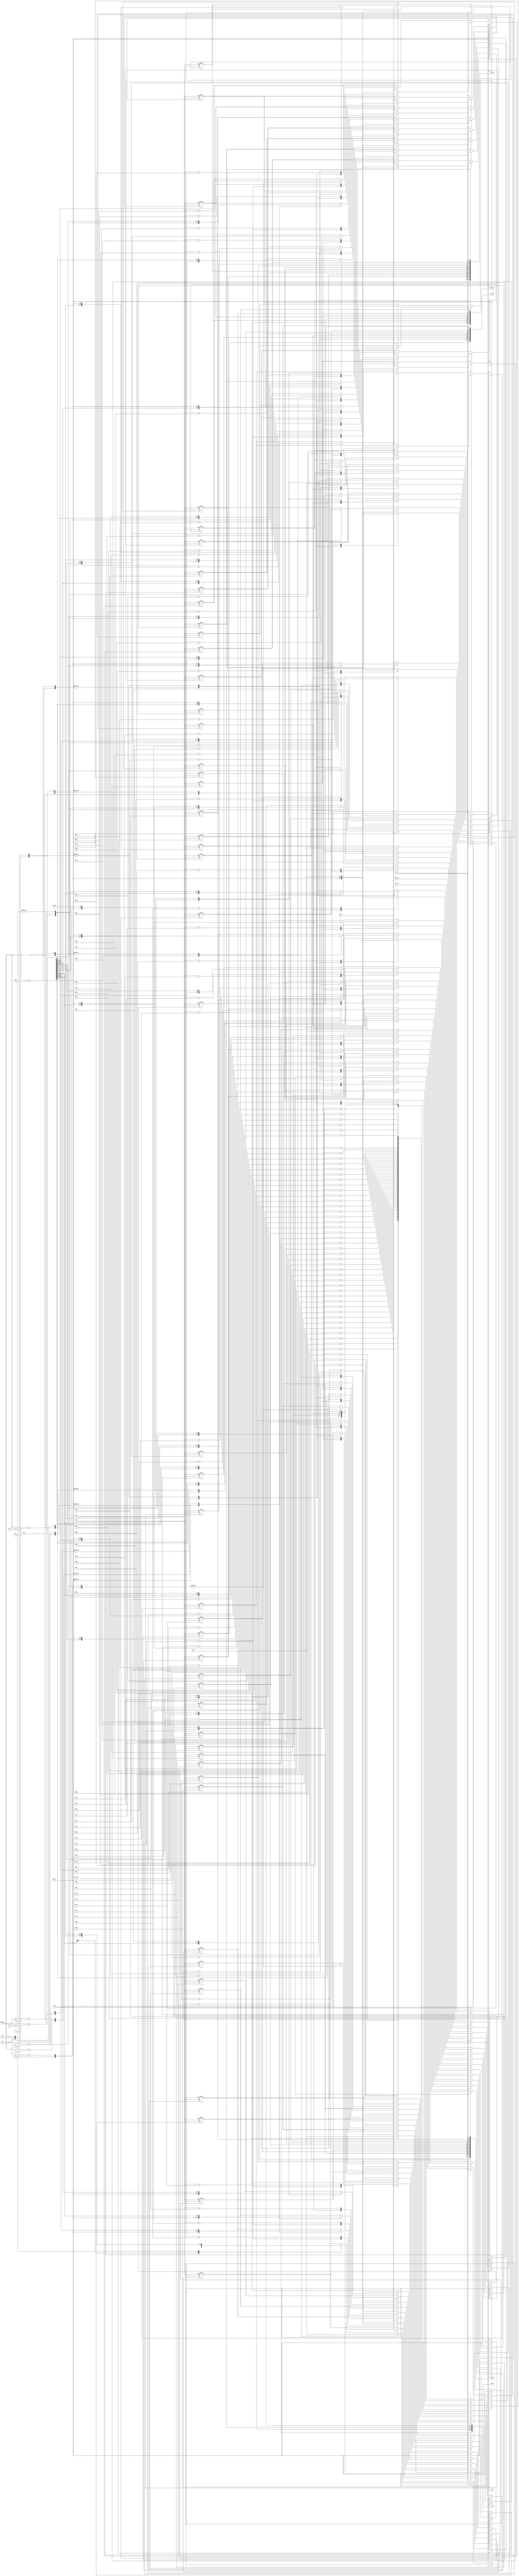
module ssk_mem (/*AUTOARG*/
   // Outputs
   rd_d, cw_mac_k, sw_mac_k, cw_blk_k, sw_blk_k, cw_iv, sw_iv,
   // Inputs
   clk, rst_n, clr_ssk, ss_expire, wr_en, wr_d, cmd_op, wr_addr, rd_addr,
   ssk_wr, ssk_addr, mac
   ) ;
   // System Input
   input           clk, rst_n;
   input           clr_ssk;
   input           ss_expire;

   input           wr_en;
   input [31:0]    wr_d;

   input [2:0]     cmd_op;
   input [3:0]     wr_addr;
   input [3:0]     rd_addr;

   output [31:0]   rd_d;

   input           ssk_wr;
   input [3:0]     ssk_addr;
   input [383:0]   mac;

   output [383:0]  cw_mac_k;
   output [383:0]  sw_mac_k;
   output [255:0]  cw_blk_k;
   output [255:0]  sw_blk_k;
   output [127:0]  cw_iv;
   output [127:0]  sw_iv;

   reg [31:0]      rd_d;

   wire   [383:0]  cw_mac_k;
   wire   [383:0]  sw_mac_k;
   wire   [255:0]  cw_blk_k;
   wire   [255:0]  sw_blk_k;
   wire   [127:0]  cw_iv;
   wire   [127:0]  sw_iv;

   wire [7:0]      waddr, raddr;

   assign waddr = {1'b0, cmd_op, wr_addr};
   assign raddr = {1'b0, cmd_op, rd_addr};

   reg [31:0]      cwmb, cwma, cwm9, cwm8;
   reg [31:0]      cwm7, cwm6, cwm5, cwm4;
   reg [31:0]      cwm3, cwm2, cwm1, cwm0;
   reg [31:0]      swmb, swma, swm9, swm8;
   reg [31:0]      swm7, swm6, swm5, swm4;
   reg [31:0]      swm3, swm2, swm1, swm0;
   reg [31:0]      cwk7, cwk6, cwk5, cwk4;
   reg [31:0]      cwk3, cwk2, cwk1, cwk0;
   reg [31:0]      swk7, swk6, swk5, swk4;
   reg [31:0]      swk3, swk2, swk1, swk0;
   reg [31:0]      cwi3, cwi2, cwi1, cwi0;
   reg [31:0]      swi3, swi2, swi1, swi0;

   wire [127:0]    cm2, cm1, cm0;
   wire [127:0]    sm2, sm1, sm0;
   wire [127:0]    ck1, ck0;
   wire [127:0]    sk1, sk0;
   wire [127:0]    ci0, si0;

   assign cw_mac_k = {cm2, cm1, cm0};
   assign sw_mac_k = {sm2, sm1, sm0};
   assign cw_blk_k = {ck1, ck0};
   assign sw_blk_k = {sk1, sk0};
   assign cw_iv    = ci0;
   assign sw_iv    = si0;

   assign cm2 = {cwmb, cwma, cwm9, cwm8};
   assign cm1 = {cwm7, cwm6, cwm5, cwm4};
   assign cm0 = {cwm3, cwm2, cwm1, cwm0};
   assign sm2 = {swmb, swma, swm9, swm8};
   assign sm1 = {swm7, swm6, swm5, swm4};
   assign sm0 = {swm3, swm2, swm1, swm0};
   assign ck1 = {cwk7, cwk6, cwk5, cwk4};
   assign ck0 = {cwk3, cwk2, cwk1, cwk0};
   assign sk1 = {swk7, swk6, swk5, swk4};
   assign sk0 = {swk3, swk2, swk1, swk0};
   assign ci0 = {cwi3, cwi2, cwi1, cwi0};
   assign si0 = {swi3, swi2, swi1, swi0};

   always @ (*) begin
      case (raddr)
        8'h60 : rd_d = cwmb;
        8'h61 : rd_d = cwma;
        8'h62 : rd_d = cwm9;
        8'h63 : rd_d = cwm8;
        8'h64 : rd_d = cwm7;
        8'h65 : rd_d = cwm6;
        8'h66 : rd_d = cwm5;
        8'h67 : rd_d = cwm4;
        8'h68 : rd_d = cwm3;
        8'h69 : rd_d = cwm2;
        8'h6A : rd_d = cwm1;
        8'h6B : rd_d = cwm0;
        8'h70 : rd_d = swmb;
        8'h71 : rd_d = swma;
        8'h72 : rd_d = swm9;
        8'h73 : rd_d = swm8;
        8'h74 : rd_d = swm7;
        8'h75 : rd_d = swm6;
        8'h76 : rd_d = swm5;
        8'h77 : rd_d = swm4;
        8'h78 : rd_d = swm3;
        8'h79 : rd_d = swm2;
        8'h7A : rd_d = swm1;
        8'h7B : rd_d = swm0;
        8'h40 : rd_d = cwk7;
        8'h41 : rd_d = cwk6;
        8'h42 : rd_d = cwk5;
        8'h43 : rd_d = cwk4;
        8'h44 : rd_d = cwk3;
        8'h45 : rd_d = cwk2;
        8'h46 : rd_d = cwk1;
        8'h47 : rd_d = cwk0;
        8'h50 : rd_d = swk7;
        8'h51 : rd_d = swk6;
        8'h52 : rd_d = swk5;
        8'h53 : rd_d = swk4;
        8'h54 : rd_d = swk3;
        8'h55 : rd_d = swk2;
        8'h56 : rd_d = swk1;
        8'h57 : rd_d = swk0;
        8'h20 : rd_d = cwi3;
        8'h21 : rd_d = cwi2;
        8'h22 : rd_d = cwi1;
        8'h23 : rd_d = cwi0;
        8'h30 : rd_d = swi3;
        8'h31 : rd_d = swi2;
        8'h32 : rd_d = swi1;
        8'h33 : rd_d = swi0;
        default : rd_d = 32'd0;
      endcase // case (rd_addr)
   end


   always @ (posedge clk or negedge rst_n) begin
      if(!rst_n) begin
         {cwmb, cwma, cwm9, cwm8} <= 128'd0;
         {cwm7, cwm6, cwm5, cwm4} <= 128'd0;
         {cwm3, cwm2, cwm1, cwm0} <= 128'd0;
         {swmb, swma, swm9, swm8} <= 128'd0;
         {swm7, swm6, swm5, swm4} <= 128'd0;
         {swm3, swm2, swm1, swm0} <= 128'd0;
         {cwk7, cwk6, cwk5, cwk4} <= 128'd0;
         {cwk3, cwk2, cwk1, cwk0} <= 128'd0;
         {swk7, swk6, swk5, swk4} <= 128'd0;
         {swk3, swk2, swk1, swk0} <= 128'd0;
         {cwi3, cwi2, cwi1, cwi0} <= 128'd0;
         {swi3, swi2, swi1, swi0} <= 128'd0;
      end else begin
         if(ss_expire | clr_ssk) begin
            {cwmb, cwma, cwm9, cwm8} <= 128'd0;
            {cwm7, cwm6, cwm5, cwm4} <= 128'd0;
            {cwm3, cwm2, cwm1, cwm0} <= 128'd0;
            {swmb, swma, swm9, swm8} <= 128'd0;
            {swm7, swm6, swm5, swm4} <= 128'd0;
            {swm3, swm2, swm1, swm0} <= 128'd0;
            {cwk7, cwk6, cwk5, cwk4} <= 128'd0;
            {cwk3, cwk2, cwk1, cwk0} <= 128'd0;
            {swk7, swk6, swk5, swk4} <= 128'd0;
            {swk3, swk2, swk1, swk0} <= 128'd0;
            {cwi3, cwi2, cwi1, cwi0} <= 128'd0;
            {swi3, swi2, swi1, swi0} <= 128'd0;
         end else if(wr_en) begin
            case (waddr)
              8'h60 : begin
                 cwmb <= wr_d;
                 cwma <= 32'd0;
                 cwm9 <= 32'd0;
                 cwm8 <= 32'd0;
                 cwm7 <= 32'd0;
                 cwm6 <= 32'd0;
                 cwm5 <= 32'd0;
                 cwm4 <= 32'd0;
                 cwm3 <= 32'd0;
                 cwm2 <= 32'd0;
                 cwm1 <= 32'd0;
                 cwm0 <= 32'd0;
              end
              8'h61 : cwma <= wr_d;
              8'h62 : cwm9 <= wr_d;
              8'h63 : cwm8 <= wr_d;
              8'h64 : cwm7 <= wr_d;
              8'h65 : cwm6 <= wr_d;
              8'h66 : cwm5 <= wr_d;
              8'h67 : cwm4 <= wr_d;
              8'h68 : cwm3 <= wr_d;
              8'h69 : cwm2 <= wr_d;
              8'h6A : cwm1 <= wr_d;
              8'h6B : cwm0 <= wr_d;
              8'h70 : begin
                 swmb <= wr_d;
                 swma <= 32'd0;
                 swm9 <= 32'd0;
                 swm8 <= 32'd0;
                 swm7 <= 32'd0;
                 swm6 <= 32'd0;
                 swm5 <= 32'd0;
                 swm4 <= 32'd0;
                 swm3 <= 32'd0;
                 swm2 <= 32'd0;
                 swm1 <= 32'd0;
                 swm0 <= 32'd0;
              end
              8'h71 : swma <= wr_d;
              8'h72 : swm9 <= wr_d;
              8'h73 : swm8 <= wr_d;
              8'h74 : swm7 <= wr_d;
              8'h75 : swm6 <= wr_d;
              8'h76 : swm5 <= wr_d;
              8'h77 : swm4 <= wr_d;
              8'h78 : swm3 <= wr_d;
              8'h79 : swm2 <= wr_d;
              8'h7A : swm1 <= wr_d;
              8'h7B : swm0 <= wr_d;

              8'h40 : begin
                 cwk7 <= wr_d;
                 cwk6 <= 32'd0;
                 cwk5 <= 32'd0;
                 cwk4 <= 32'd0;
                 cwk3 <= 32'd0;
                 cwk2 <= 32'd0;
                 cwk1 <= 32'd0;
                 cwk0 <= 32'd0;
              end
              8'h41 : cwk6 <= wr_d;
              8'h42 : cwk5 <= wr_d;
              8'h43 : cwk4 <= wr_d;
              8'h44 : cwk3 <= wr_d;
              8'h45 : cwk2 <= wr_d;
              8'h46 : cwk1 <= wr_d;
              8'h47 : cwk0 <= wr_d;

              8'h50 : begin
                 swk7 <= wr_d;
                 swk6 <= 32'd0;
                 swk5 <= 32'd0;
                 swk4 <= 32'd0;
                 swk3 <= 32'd0;
                 swk2 <= 32'd0;
                 swk1 <= 32'd0;
                 swk0 <= 32'd0;
              end
              8'h51 : swk6 <= wr_d;
              8'h52 : swk5 <= wr_d;
              8'h53 : swk4 <= wr_d;
              8'h54 : swk3 <= wr_d;
              8'h55 : swk2 <= wr_d;
              8'h56 : swk1 <= wr_d;
              8'h57 : swk0 <= wr_d;

              8'h20 : begin
                 cwi3 <= wr_d;
                 cwi2 <= 32'd0;
                 cwi1 <= 32'd0;
                 cwi0 <= 32'd0;
              end
              8'h21 : cwi2 <= wr_d;
              8'h22 : cwi1 <= wr_d;
              8'h23 : cwi0 <= wr_d;

              8'h30 : begin
                 swi3 <= wr_d;
                 swi2 <= 32'd0;
                 swi1 <= 32'd0;
                 swi0 <= 32'd0;
              end
              8'h31 : swi2 <= wr_d;
              8'h32 : swi1 <= wr_d;
              8'h33 : swi0 <= wr_d;
              default : begin
              end
            endcase // case (waddr)
         end else if (ssk_wr) begin
            case (ssk_addr)
              4'b0000 : begin
                 {cwmb, cwma, cwm9, cwm8} <= mac[383:256];
                 {cwm7, cwm6, cwm5, cwm4} <= mac[255:128];
                 {cwm3, cwm2, cwm1, cwm0} <= 128'd0;
              end
              4'b0001 : begin
                 {swmb, swma, swm9, swm8} <= mac[383:256];
                 {swm7, swm6, swm5, swm4} <= mac[255:128];
                 {swm3, swm2, swm1, swm0} <= 128'd0;
              end
              4'b0010 : begin
                 {cwk7, cwk6, cwk5, cwk4} <= mac[383:256];
                 {cwk3, cwk2, cwk1, cwk0} <= 128'd0;
                 {swk7, swk6, swk5, swk4} <= mac[255:128];
                 {swk3, swk2, swk1, swk0} <= 128'd0;
              end
              4'b0011 : begin
                 {cwi3, cwi2, cwi1, cwi0} <= mac[383:256];
                 {swi3, swi2, swi1, swi0} <= mac[255:128];
              end
              4'b0100 : begin
                 {cwmb, cwma, cwm9, cwm8} <= mac[383:256];
                 {cwm7, cwm6, cwm5, cwm4} <= mac[255:128];
                 {cwm3, cwm2, cwm1, cwm0} <= mac[127:  0];
              end
              4'b0101 : begin
                 {swmb, swma, swm9, swm8} <= mac[383:256];
                 {swm7, swm6, swm5, swm4} <= mac[255:128];
                 {swm3, swm2, swm1, swm0} <= mac[127:  0];
              end
              4'b0110 : begin
                 {cwk7, cwk6, cwk5, cwk4} <= mac[383:256];
                 {cwk3, cwk2, cwk1, cwk0} <= mac[255:128];
                 {swk7, swk6, swk5, swk4} <= mac[127:  0];
              end
              4'b0111 : begin
                 {swk3, swk2, swk1, swk0} <= mac[383:256];
                 {cwi3, cwi2, cwi1, cwi0} <= mac[255:128];
                 {swi3, swi2, swi1, swi0} <= mac[127:  0];
              end
              4'b1000 : begin
                 {cwmb, cwma, cwm9, cwm8} <= 128'd0;
                 {cwm7, cwm6, cwm5, cwm4} <= 128'd0;
                 {cwm3, cwm2, cwm1, cwm0} <= 128'd0;
                 {swmb, swma, swm9, swm8} <= 128'd0;
                 {swm7, swm6, swm5, swm4} <= 128'd0;
                 {swm3, swm2, swm1, swm0} <= 128'd0;
                 {cwk7, cwk6, cwk5, cwk4} <= mac[383:256];
                 {cwk3, cwk2, cwk1, cwk0} <= 128'd0;
                 {swk7, swk6, swk5, swk4} <= mac[255:128];
                 {swk3, swk2, swk1, swk0} <= 128'd0;
              end
              4'b1001 : begin
                 {cwi3, swi3} <= mac[383:320];
                 {cwi2, cwi1, cwi0} <= 96'd0;
                 {swi2, swi1, swi0} <= 96'd0;
              end
              4'b1100 : begin
                 {cwmb, cwma, cwm9, cwm8} <= 128'd0;
                 {cwm7, cwm6, cwm5, cwm4} <= 128'd0;
                 {cwm3, cwm2, cwm1, cwm0} <= 128'd0;
                 {swmb, swma, swm9, swm8} <= 128'd0;
                 {swm7, swm6, swm5, swm4} <= 128'd0;
                 {swm3, swm2, swm1, swm0} <= 128'd0;
                 {cwk7, cwk6, cwk5, cwk4} <= mac[383:256];
                 {cwk3, cwk2, cwk1, cwk0} <= mac[255:128];
                 {swk7, swk6, swk5, swk4} <= mac[127:  0];
              end
              4'b1101 : begin
                 {swk3, swk2, swk1, swk0} <= mac[383:256];
                 {cwi3, swi3} <= mac[255:192];
                 {cwi2, cwi1, cwi0} <= 96'd0;
                 {swi2, swi1, swi0} <= 96'd0;
              end
              default : begin
              end
            endcase // case (ssk_addr)
         end
      end
   end
endmodule // ssk_mem